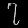
Digit: ၇